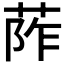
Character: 𦰼